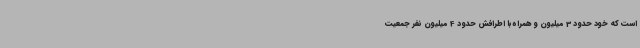
است که خود حدود 3 میلیون و همراه با اطرافش حدود 4 میلیون نفر جمعیت